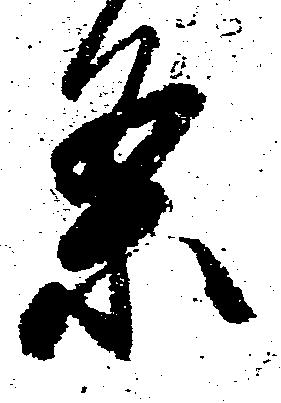
条